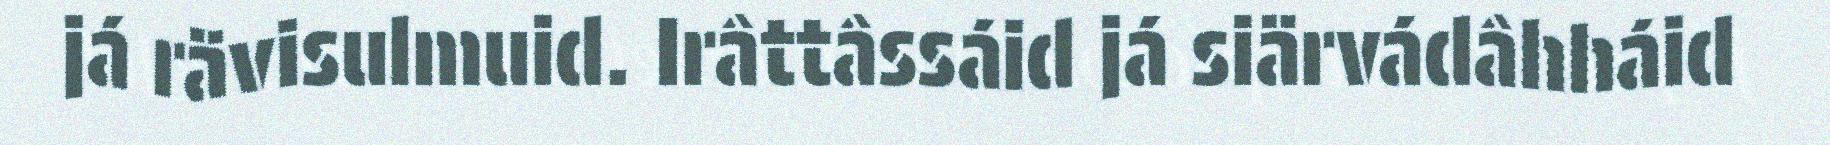
já rävisulmuid. Irâttâssáid já siärvádâhháid